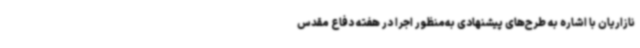
نازاریان با اشاره به طرح‌های پیشنهادی به‌منظور اجرا در هفته دفاع مقدس